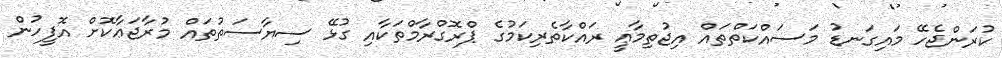
ކުރަންޖެހޭ މައިގަނޑު މަސައްކަތްތައް އިޖުތިމާޢީ ރައްކާތެރިކަމުގެ ޕްރޮގްރާމްތަކާއި ގުޅޭ ސިޔާސަތުތައް މުރާޖަޢާކޮށް އޮފީހުން